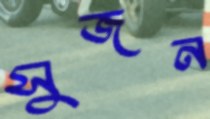
সুজন